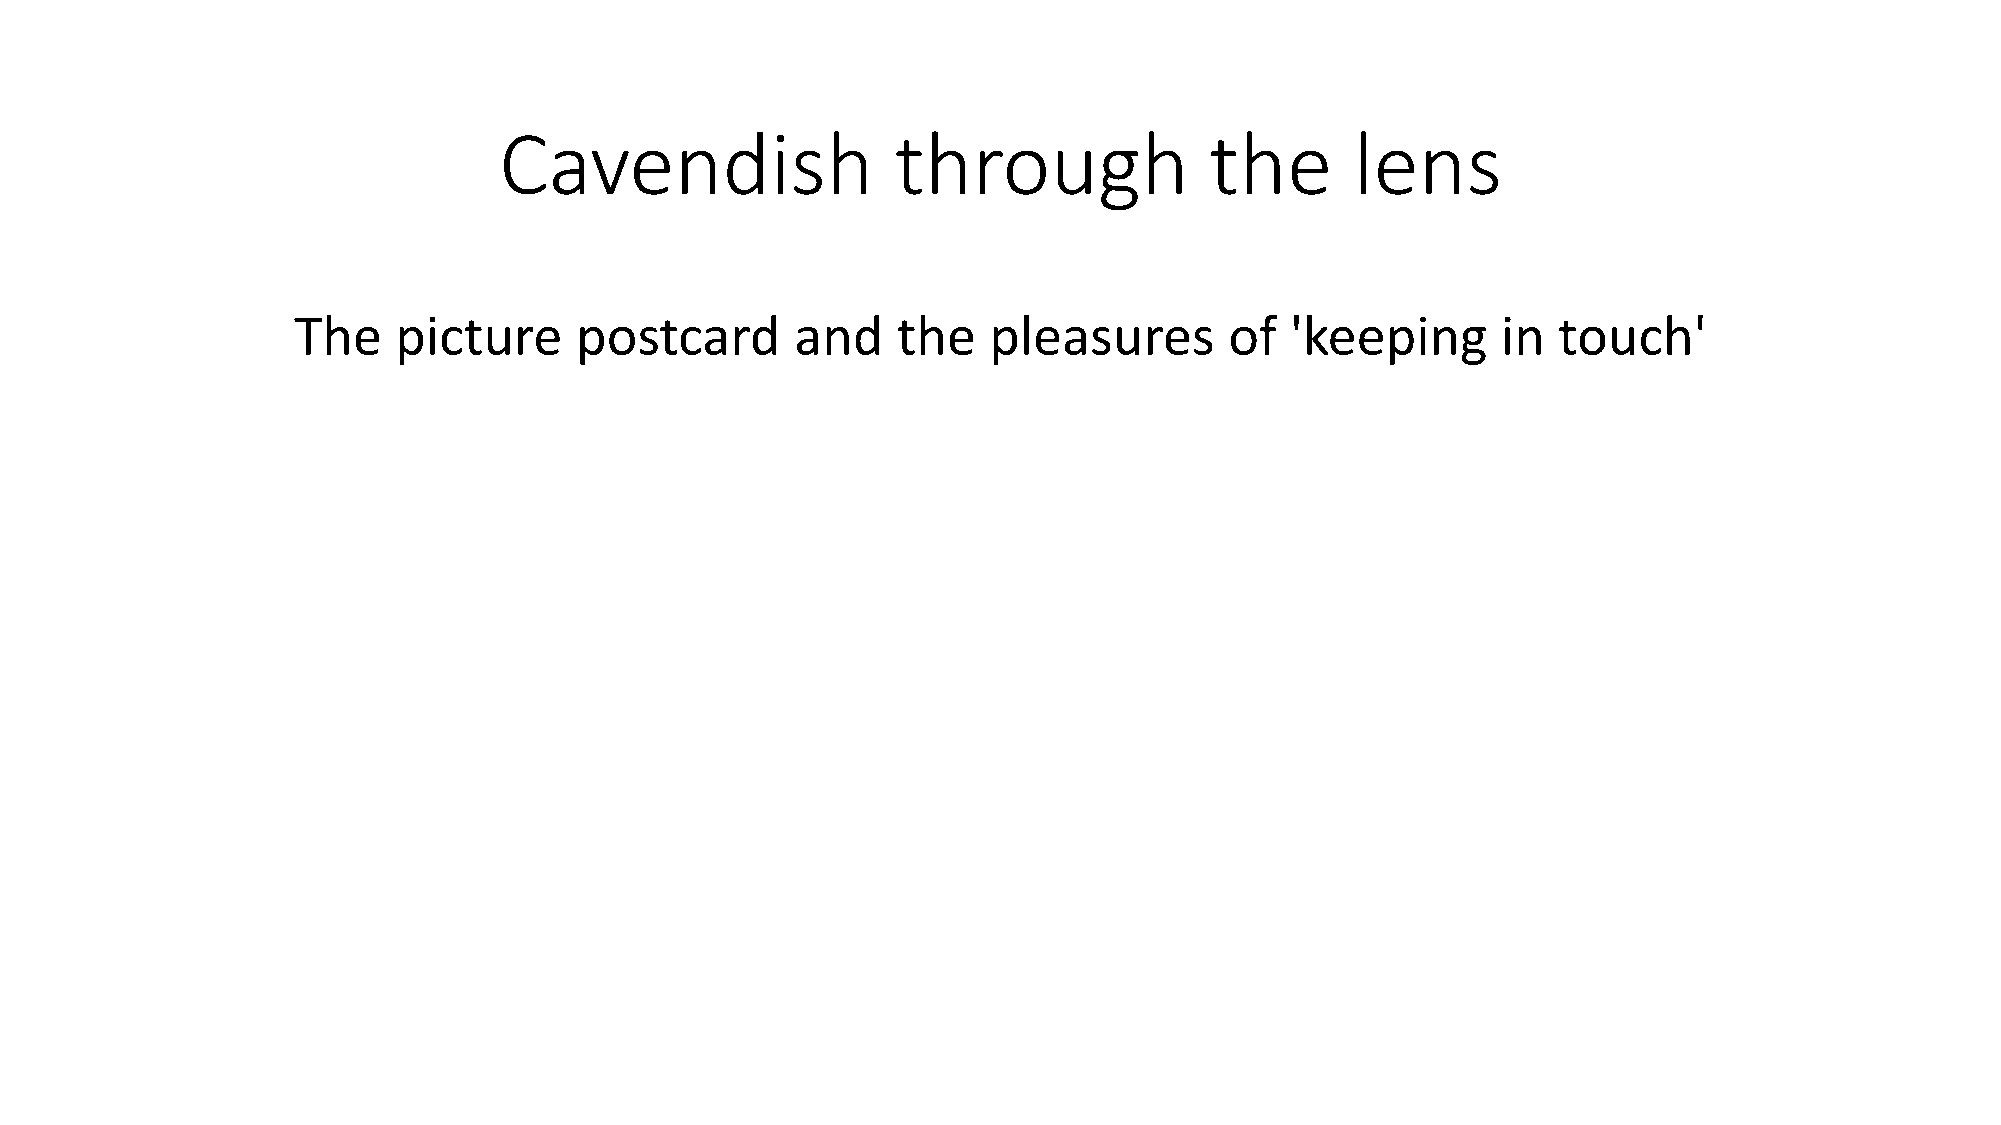
Cavendish                 through              the       lens
 The    picture     postcard       and   the   pleasures       of  'keeping      in  touch'